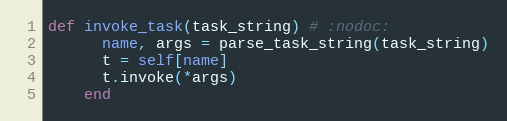
Language: Ruby
def invoke_task(task_string) # :nodoc:
      name, args = parse_task_string(task_string)
      t = self[name]
      t.invoke(*args)
    end